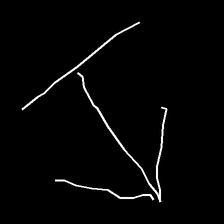
Glyph: levitation